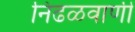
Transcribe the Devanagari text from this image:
निढळवाणी